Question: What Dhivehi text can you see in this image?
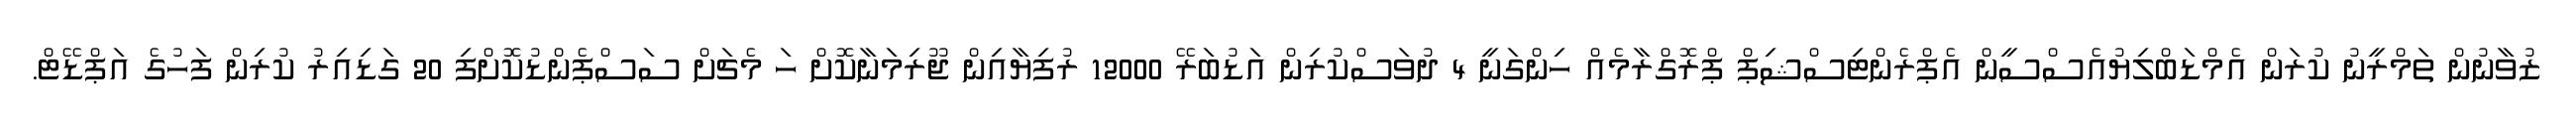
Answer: ޒުވާނުން ތަމްރީނު ކުރަން އެމްޑަބްލިޔުއެސްސީން އެޕްރެންޓިސްޝިޕް ޕްރޮގްރާމެއް ހިންގަނީ 4 ދުވަސްކުރިން އަޑުބަރޭ 12000 ރުފިޔާއިން ޖޫރިމަނާކޮށް ހަ މެޗަށް ސަސްޕެންޑުކޮށްފި 20 ގަޑިއިރު ކުރިން ފަހުގެ އަޕްޑޭޓް.